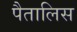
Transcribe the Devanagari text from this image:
पैतालिस